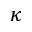
\kappa